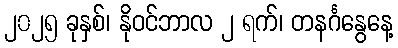
၂၀၂၅ ခုနှစ်၊ နိုဝင်ဘာလ ၂ ရက်၊ တနင်္ဂနွေနေ့